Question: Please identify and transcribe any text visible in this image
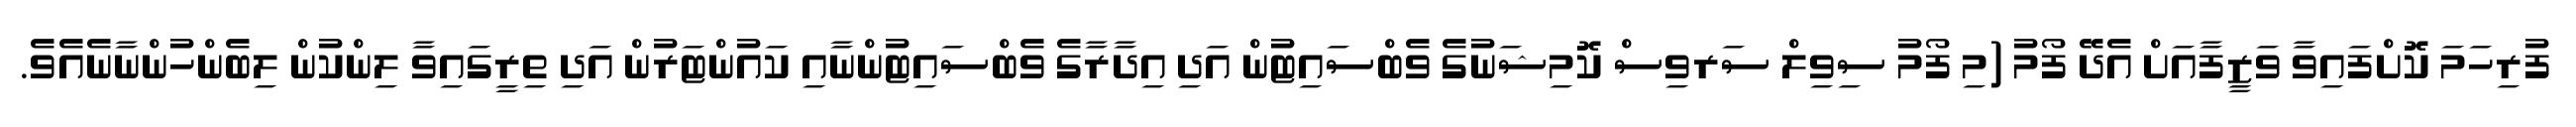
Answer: ފުރިހަމަ ކޮށްފައިވާ ވަޒީފާއަށް އެދޭ ފޯމު (މި ފޯމު ސިވިލް ސަރވިސް ކޮމިޝަނުގެ ވެބްސައިޓުން އަދި އިދާރާގެ ވެބްސައިޓުންނާއި ކައުންޓަރުން އަދި ތިރީގައިވާ ލިންކުން ލިބެންހުންނާނެއެވެ.